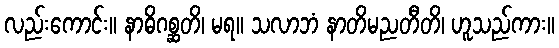
လည်းကောင်း။ နာဓိဂစ္ဆတိ၊ မရ။ သလာဘံ နာတိမညတီတိ၊ ဟူသည်ကား။